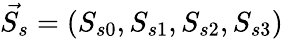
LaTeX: \vec{S_{s}}=(S_{s0},S_{s1},S_{s2},S_{s3})